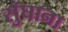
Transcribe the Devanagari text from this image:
सुँघाना